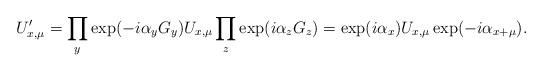
LaTeX: \begin{align*}U'_{x,\mu} = \prod_y \exp(- i \alpha_y G_y) U_{x,\mu} \prod_z \exp(i \alpha_z G_z) = \exp(i \alpha_x) U_{x,\mu} \exp(- i \alpha_{x+\mu}).\end{align*}